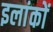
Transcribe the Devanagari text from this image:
इलांकों